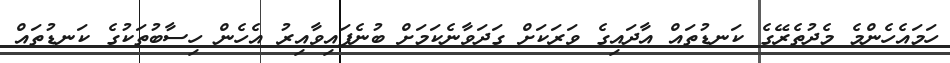
ހަމައެހެންމެ މެދުތެރޭގެ ކަނޑުތައް އާދައިގެ ވަރަކަށް ގަދަވާނެކަމަށް ބުނެފައިވާއިރު އެހެން ހިސާބުތަކުގެ ކަނޑުތައް